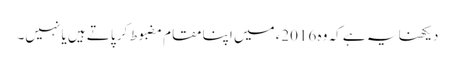
دیکھنا یہ ہے کہ وہ 2016ء میں اپنا مقام مضبوط کر پاتے ہیں یا نہیں۔